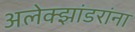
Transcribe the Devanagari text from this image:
अलेक्झांडरांना